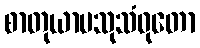
စာတုယာမသုသံဝုတော